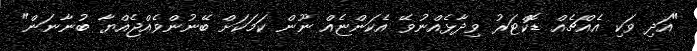
"އަދި ވަކި އެއްޗެއް ޑޮކްޓަރު ވިދާޅެއްނުވޭ އެކަންޏެއް ނޫން ކަމަކަށް ބޭނުންވެއްޖެއްޔާ ބުނާނަން"